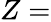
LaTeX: Z=